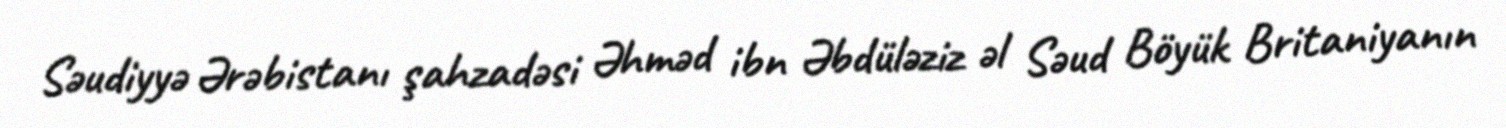
Səudiyyə Ərəbistanı şahzadəsi Əhməd ibn Əbdüləziz əl Səud Böyük Britaniyanın